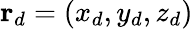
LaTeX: \mathbf{r}_{d}=\left(x_{d},y_{d},z_{d}\right)